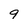
Character: 9